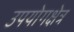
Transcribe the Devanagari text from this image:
उपयोगक्षेत्र